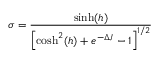
\sigma = \frac { \sinh ( h ) } { \left[ \cosh ^ { 2 } ( h ) + e ^ { - \Delta J } - 1 \right] ^ { 1 / 2 } }